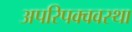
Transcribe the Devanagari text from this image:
अपरिपक्ववस्था